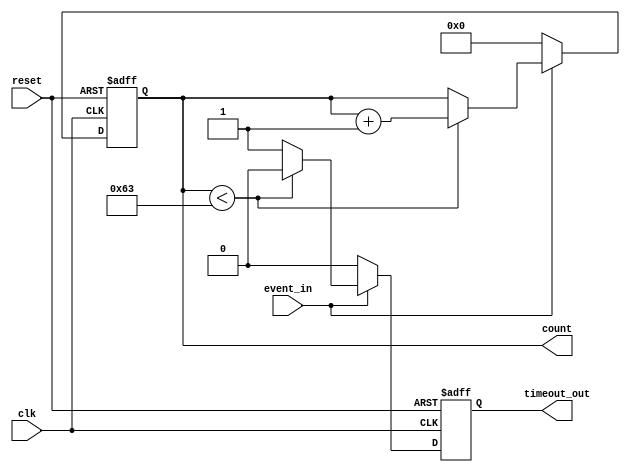
module timeout_counter #(
    parameter COUNTER_WIDTH = 8,  // Width of the counter (in bits)
    parameter TIMEOUT_THRESHOLD = 100 // Predefined time-out threshold
) (
    input wire clk,            // Clock input
    input wire reset,          // Active-high reset input
    input wire event_in,       // Event signal input
    output reg [COUNTER_WIDTH-1:0] count,  // Current counter value
    output reg timeout_out     // Time-out signal output
);

    // Initialize the counter and timeout signal
    initial begin
        count = 0;
        timeout_out = 0;
    end

    // Synchronous process for counter and timeout handling
    always @(posedge clk or posedge reset) begin
        // Reset the counter on reset signal
        if (reset) begin
            count <= 0;
            timeout_out <= 0;
        end else begin
            // Increment the counter if event is active
            if (event_in) begin
                if (count < (TIMEOUT_THRESHOLD - 1)) begin
                    count <= count + 1; // Increment counter
                    timeout_out <= 0;   // Clear timeout signal
                end else begin
                    timeout_out <= 1;   // Set timeout signal if threshold is reached
                end
            end else begin
                count <= 0; // Reset counter if event is inactive
                timeout_out <= 0; // Clear timeout signal
            end
        end
    end

endmodule